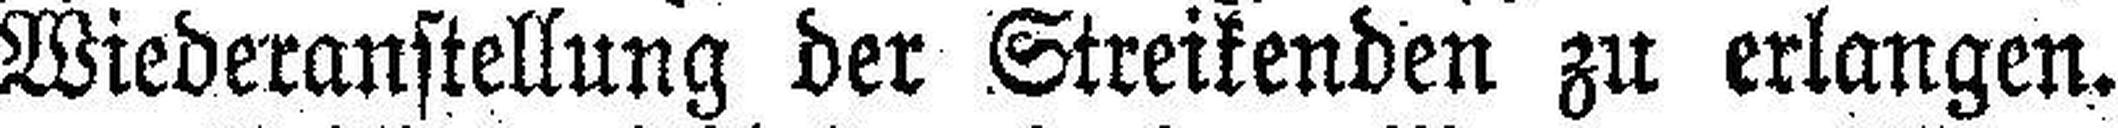
Wiederanstellung der Streikenden zu erlangen.